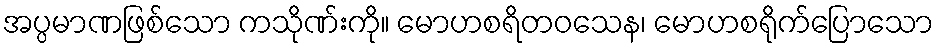
အပ္ပမာဏဖြစ်သော ကသိုဏ်းကို။ မောဟစရိတဝသေန၊ မောဟစရိုက်ပြောသော